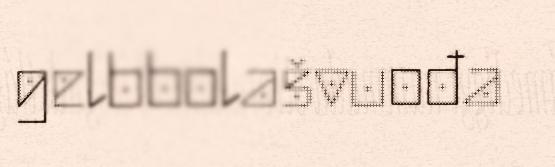
gelbbolašvuođa